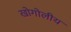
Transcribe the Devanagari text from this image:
खोगोलीय